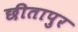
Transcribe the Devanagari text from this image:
छीतापुर